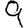
Digit: 9